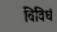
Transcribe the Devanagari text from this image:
विविधं